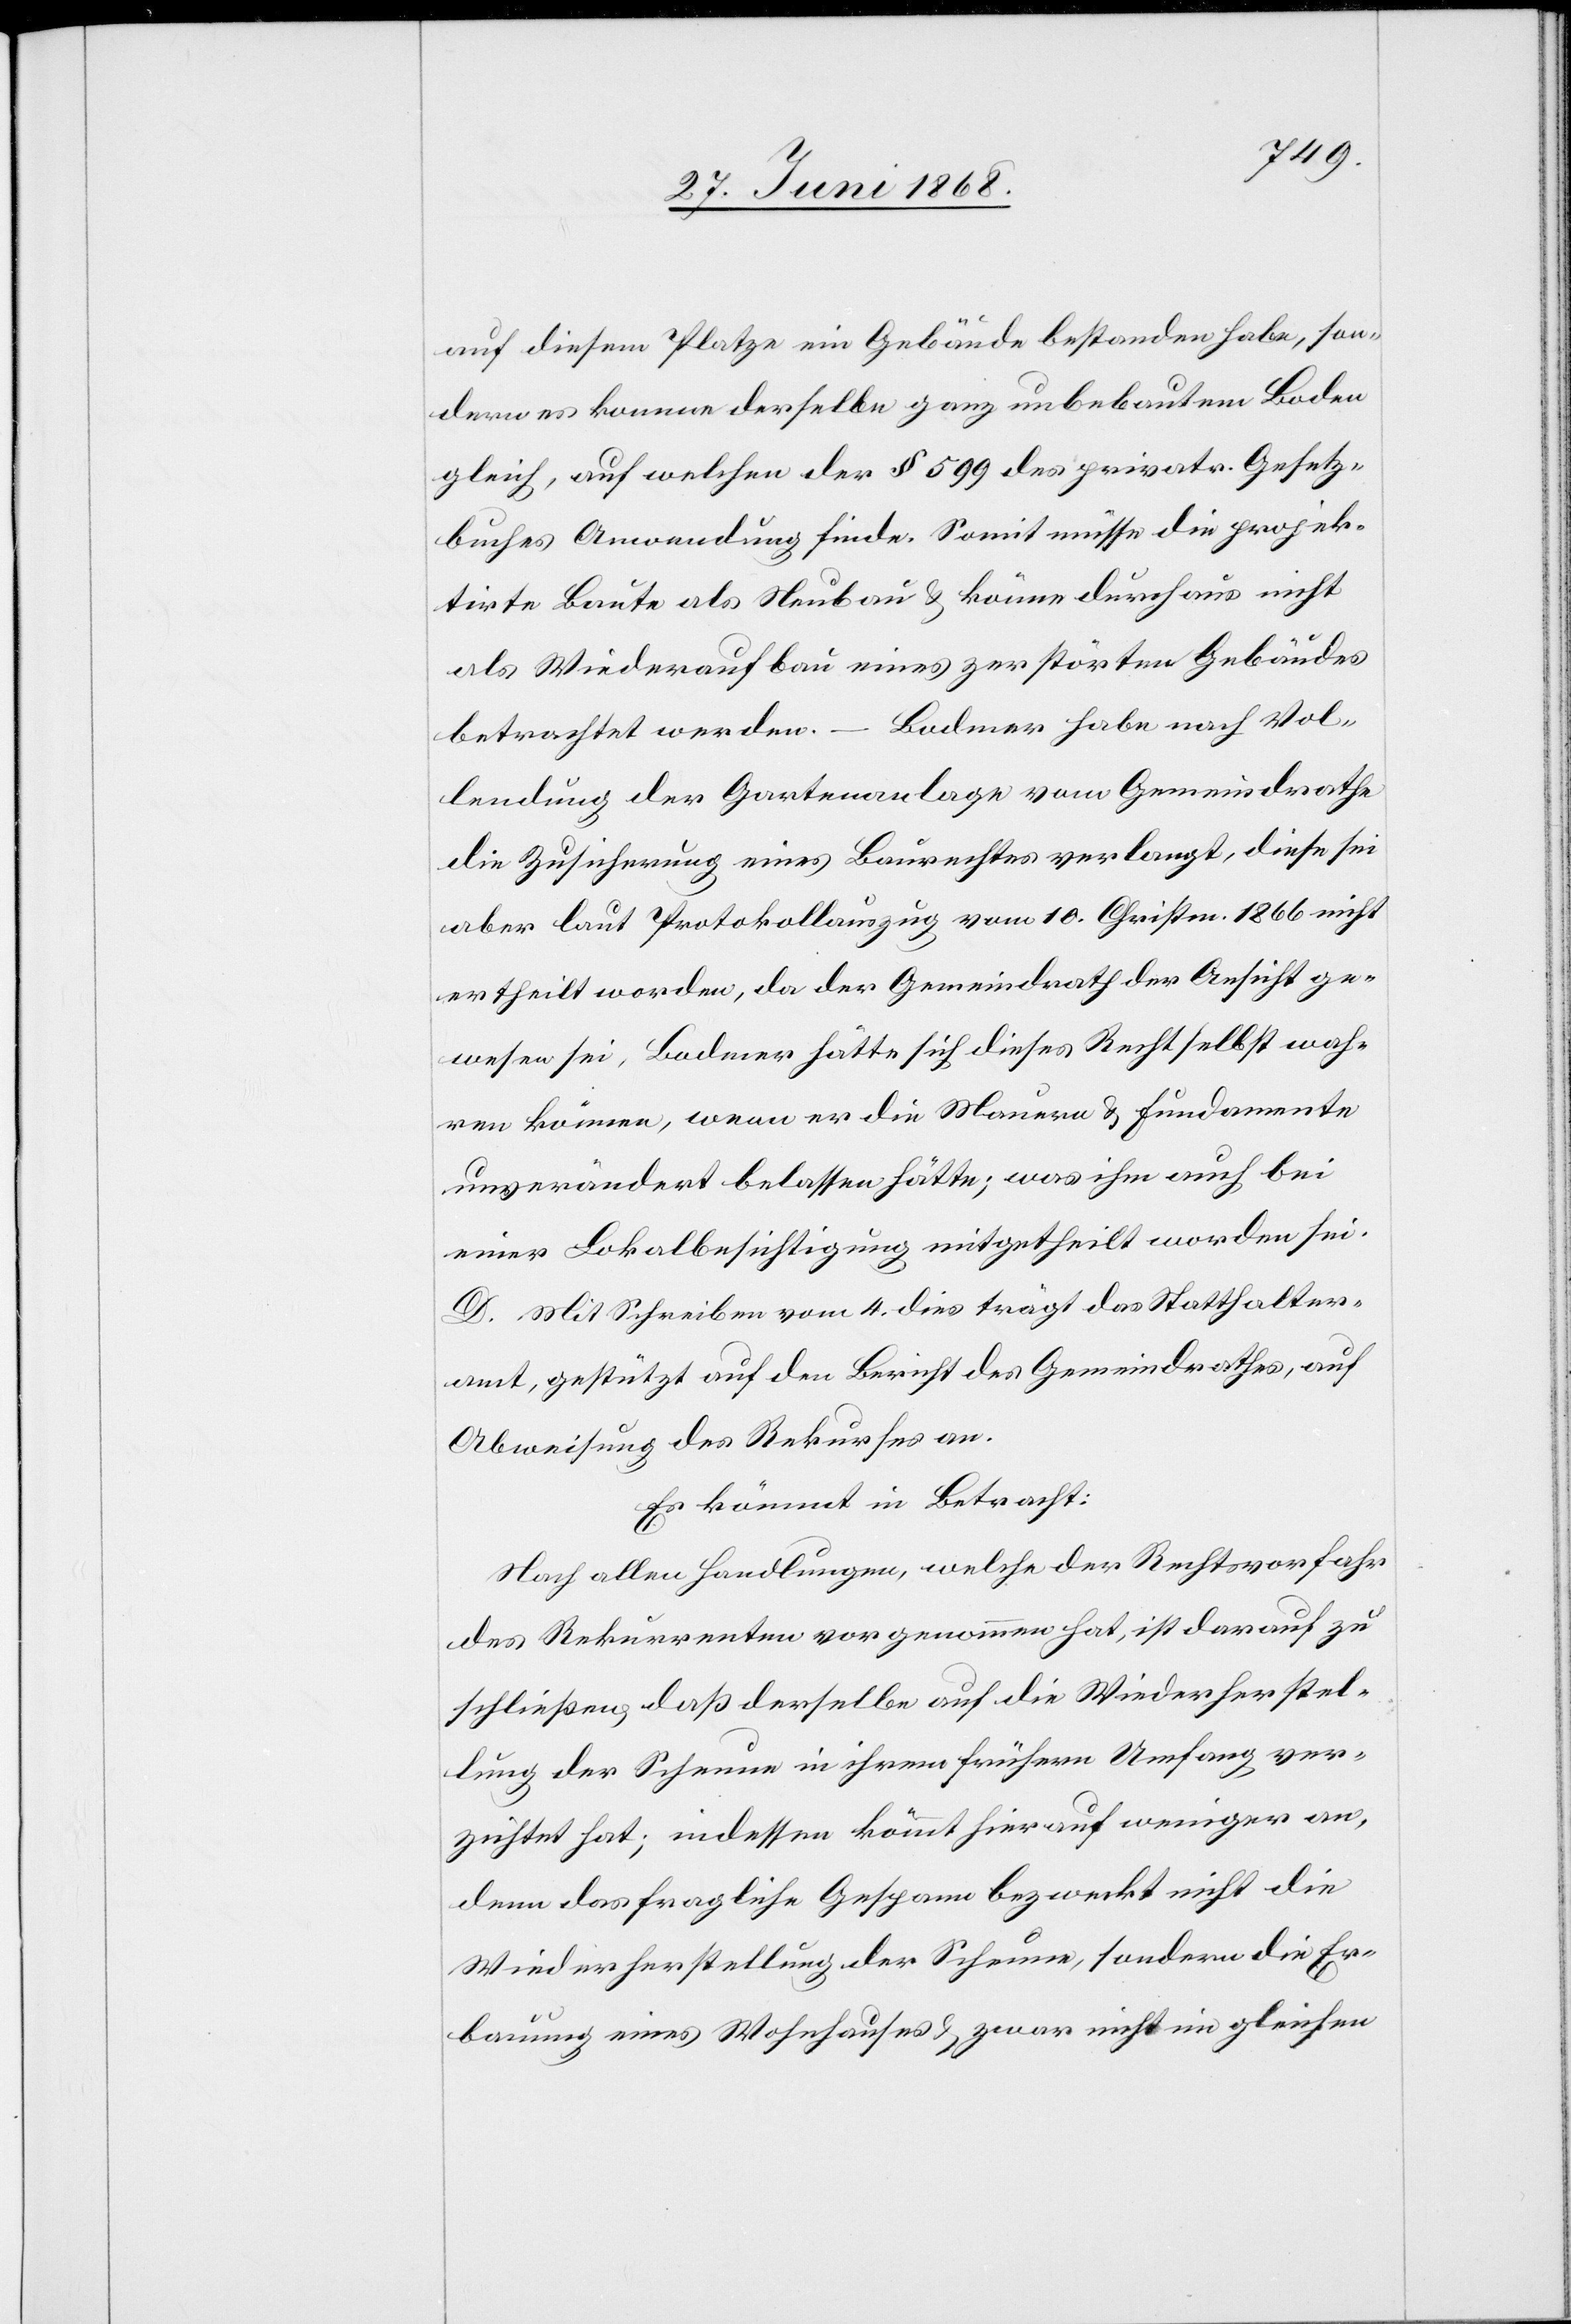
auf diesem Platze ein Gebäude bestanden habe, son¬
dern es komme derselbe ganz unbebautem Boden
gleich, auf welchen der § 599 des privatr. Gesetz¬
buches Anwendung finde. Somit müsse die projek¬
tirte Baute als Neubau & könne durchaus nicht
als Wiederaufbau eines zerstörten Gebäudes
betrachtet werden. – Bodmer habe nach Vol¬
lendung der Gartenanlage vom Gemeindrathe
die Zusicherung eines Baurechtes verlangt, diese sei
aber laut Protokollauszug vom 10. Christm. 1866 nicht
ertheilt worden, da der Gemeindrath der Ansicht ge¬
wesen sei, Bodmer hätte sich dieses Recht selbst wah¬
ren können, wenn er die Mauern & Fundamente
unverändert belassen hätte; was ihm auch bei
einer Lokalbesichtigung mitgetheilt worden sei.
D. Mit Schreiben vom 4. dies trägt das Statthalter¬
amt, gestützt auf den Bericht des Gemeindrathes, auf
Abweisung des Rekurses an.
Es kömmt in Betracht:
Nach allen Handlungen, welche der Rechtsvorfahr
des Rekurrenten vorgenommen hat, ist darauf zu
schließen, daß derselbe auf die Wiederherstel¬
lung der Scheune in ihrem frühern Umfang ver¬
zichtet hat; indessen kömmt hierauf weniger an,
denn das fragliche Gespann bezweckt nicht die
Wiederherstellung der Scheune, sondern die Er¬
bauung eines Wohnhauses & zwar nicht im gleichen